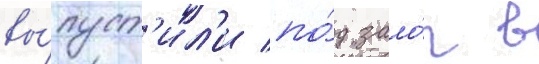
вы́пуст'ил'и по́д зало́г в